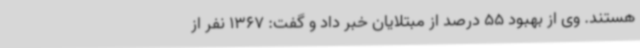
هستند. وی از بهبود 55 درصد از مبتلایان خبر داد و گفت: 1367 نفر از